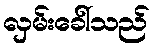
လှမ်းခေါ်သည်